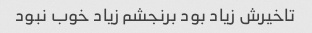
تاخیرش زیاد بود برنجشم زیاد خوب نبود